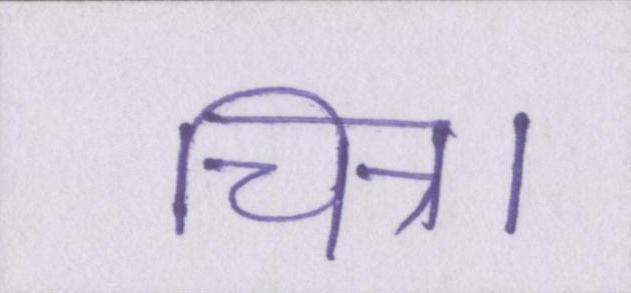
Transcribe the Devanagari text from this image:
चित्र।